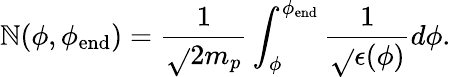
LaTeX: \mathbb{N}(\phi,\phi_{\mathrm{{end}}})=\frac{{1}}{{\sqrt{}{{2}}m_{p}}}\int_{\phi}^{\phi_{\mathrm{{end}}}}\frac{{1}}{{\sqrt{}{{\epsilon(\phi)}}}}d\phi.